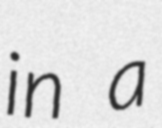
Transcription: in a